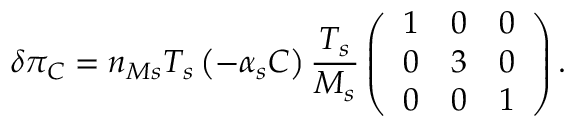
\delta \pi _ { C } = n _ { M s } T _ { s } \left( - \alpha _ { s } C \right) \frac { T _ { s } } { M _ { s } } \left( \begin{array} { c c c } { 1 } & { 0 } & { 0 } \\ { 0 } & { 3 } & { 0 } \\ { 0 } & { 0 } & { 1 } \end{array} \right) .